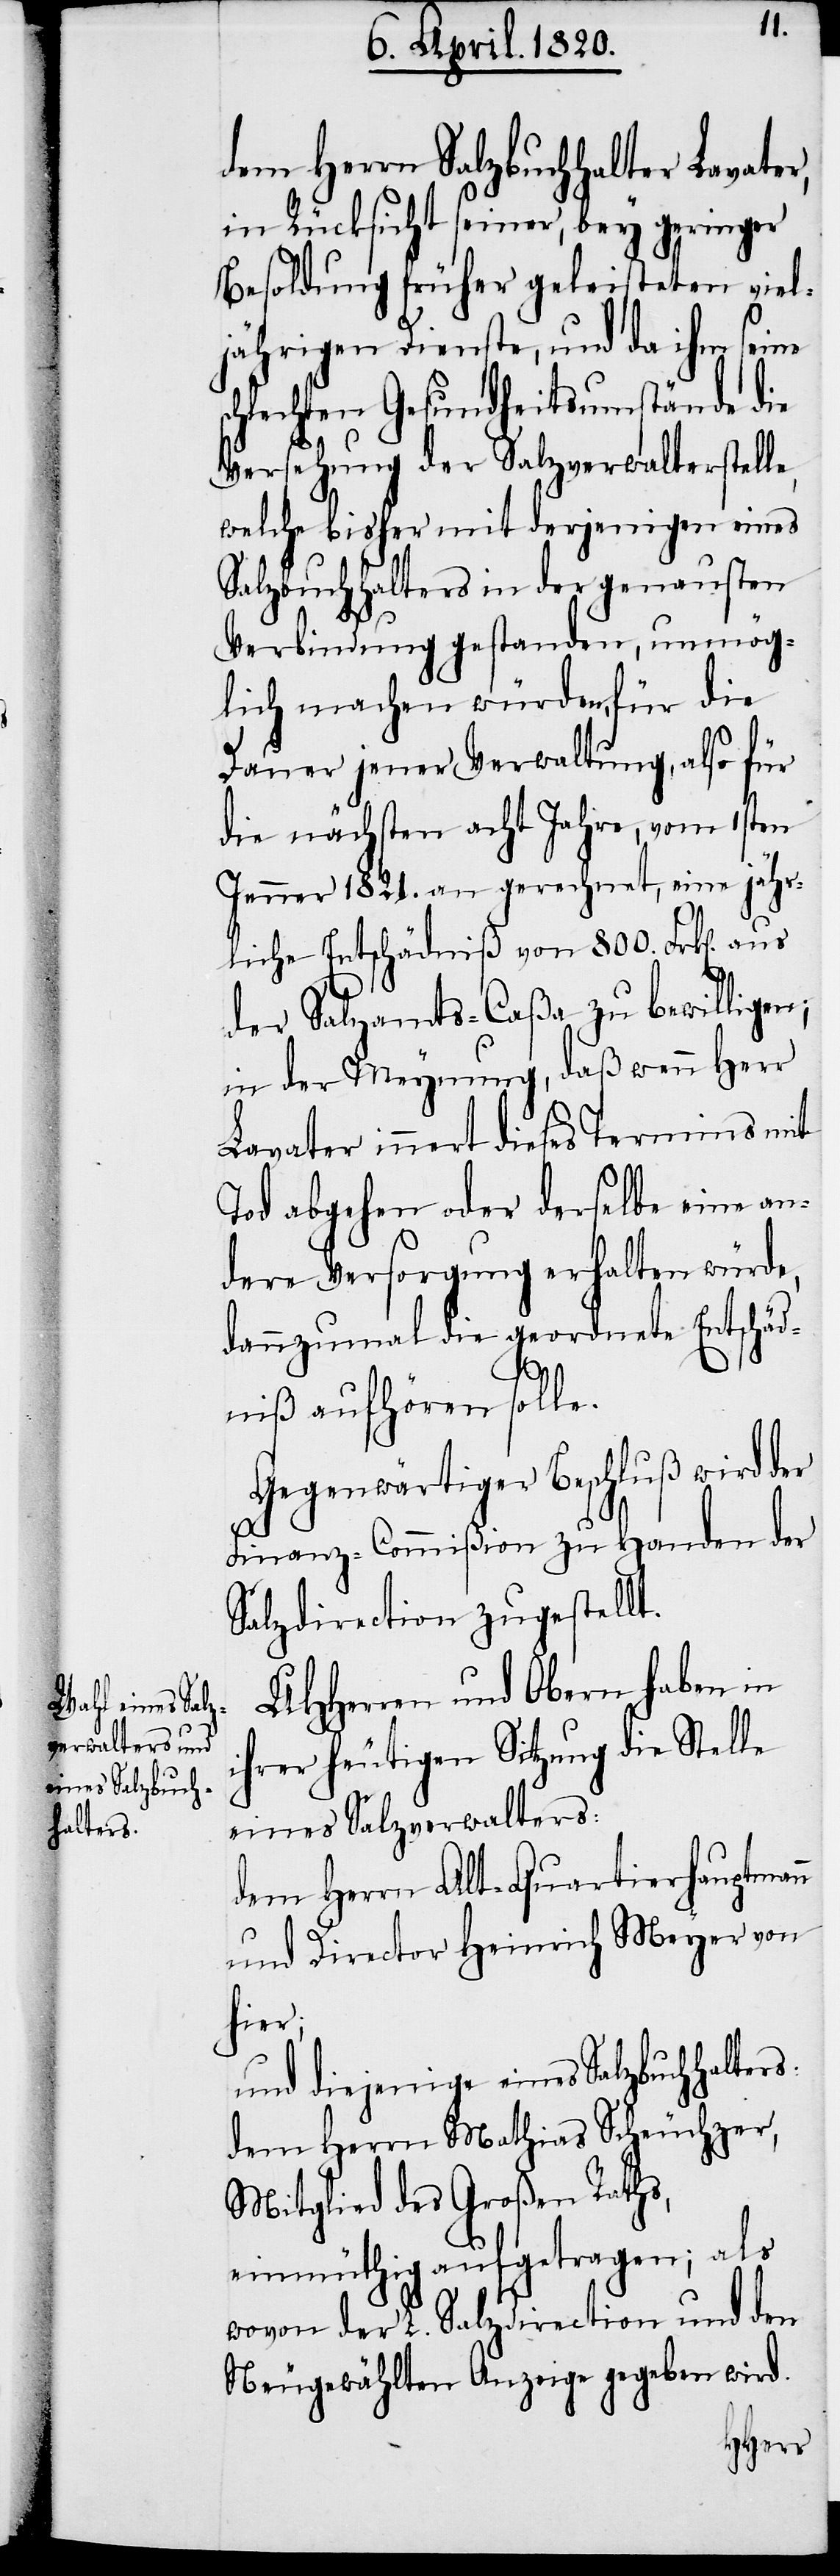
dem Herrn Salzbuchhalter Lavater,
in Rücksicht seiner, bey geringer
Besoldung früher geleisteten viel¬
jährigen Dienste, und da ihm seine
chlechten Gesundheitsumstände die
Versehung der Salzverwalterstell¬
welche bisher mit derjenigen eines
Salzbuchhalters in der genausten
Verbindung gestanden, unmög¬
lich machen würden, für die
Dauer jener Verwaltung, also für
die nächsten acht Jahre, vom 1sten
Jenner 1821. an gerechnet, eine jähr¬
liche Entschädniß von 800. Frk[en].
aus
der Salzamts-Caßa zu bewilligen;
in der Meynung, daß wenn Herr
Lavater innert dieses Termins mit
Tod abgehen oder derselbe eine an¬
dere Versorgung erhalten würde,
dannzumal die geordnete Entschäd¬
niß aufhören solle.
Gegenwärtiger Beschluß wird der
Finanz-Commißion zu Handen der
Salzdirection zugestellt.
UHHerren und Obern haben in
ihrer heutigen Sitzung die Stelle
eines Salzverwalters:
dem Herrn Alt-Quartierhauptmann
und Director Heinrich Meyer von
hier;
und diejenige eines Salzbuchhalters:
dem Herrn Mathias Scheuchzer,
Mitglied des Großen Raths,
einmüthig aufgetragen; als
wovon der L. Salzdirection und den
Neugewählten Anzeige gegeben wird.